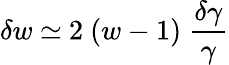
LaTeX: {\delta}w\ {\simeq}\ 2\ (w-1)\ \frac{\delta\gamma}{\gamma}